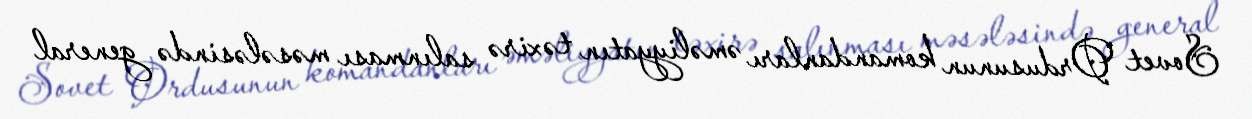
Sovet Ordusunun komandanları əməliyyatın təxirə salınması məsələsində general